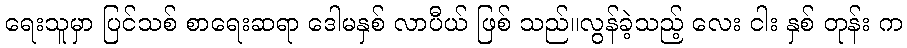
ရေးသူမှာ ပြင်သစ် စာရေးဆရာ ဒေါမနှစ် လာပီယ် ဖြစ် သည်။လွန်ခဲ့သည့် လေး ငါး နှစ် တုန်း က